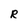
Character: R